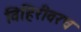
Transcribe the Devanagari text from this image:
विहिरीवरच